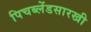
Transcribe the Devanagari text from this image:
पिचब्लेंडसारखी